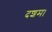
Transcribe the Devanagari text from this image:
दशम।